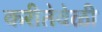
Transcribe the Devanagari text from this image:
करीतेवेळी